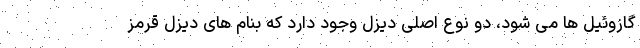
گازوئیل ها می شود، دو نوع اصلی دیزل وجود دارد که بنام های دیزل قرمز